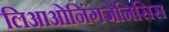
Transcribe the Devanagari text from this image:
लिआओनिंगजेनिसिस